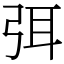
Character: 弭